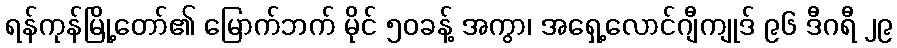
ရန်ကုန်မြို့တော်၏ မြောက်ဘက် မိုင် ၅၀ခန့် အကွာ၊ အရှေ့လောင်ဂျီကျုဒ် ၉၆ ဒီဂရီ ၂၉